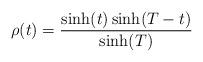
LaTeX: \begin{align*}\rho (t)=\frac{\sinh (t)\sinh (T-t)}{\sinh (T)} \end{align*}